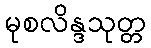
မုစလိန္ဒသုတ္တ